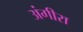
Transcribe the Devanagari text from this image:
अंगीरा